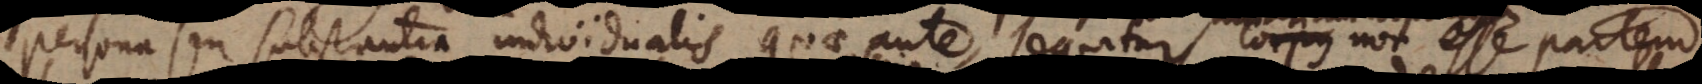
persona seu substantia individualis quae ante, sequitur corpus materiam